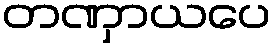
တဏှာယပေ